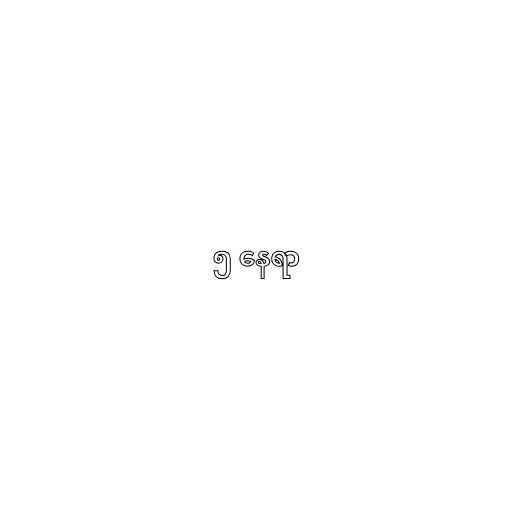
၅ နေရာ